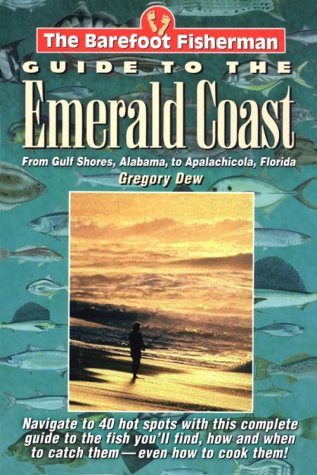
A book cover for The Barefoot Fisherman's Guide to the Emerald Coast; Gregory Dew; Travel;